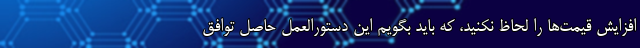
افزایش قیمت‌ها را لحاظ نکنید، که باید بگویم این دستورالعمل حاصل توافق